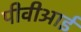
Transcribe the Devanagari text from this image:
पीवीआई